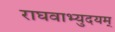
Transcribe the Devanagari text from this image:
राघवाभ्युदयम्